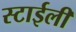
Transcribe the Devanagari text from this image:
स्टाईली